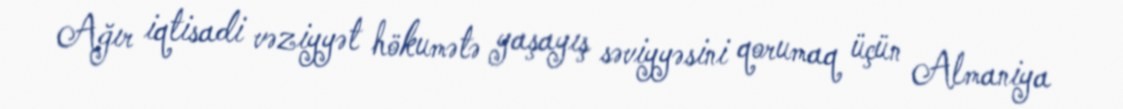
Ağır iqtisadi vəziyyət hökumətə yaşayış səviyyəsini qorumaq üçün Almaniya